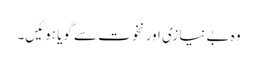
وہ بے نیازی اور نخوت سے گویا ہوئیں۔